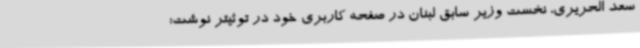
سعد الحریری، نخست وزیر سابق لبنان در صفحه کاربری خود در توئیتر نوشت: